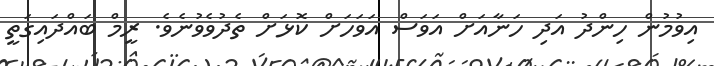
އިވުމުން ހިންދު އަދި ހަނާއަށް އަވަސް އަވަހަށް ކޮޅަށް ތެދުވެވުނެވެ. ރީމް ބައްދައިގަތީ